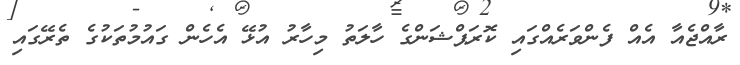
ރާއްޖެއާ އެއް ފެންވަރެއްގައި ކޮރަޕްޝަންގެ ހާލަތު މިހާރު އުޅޭ އެހެން ގައުމުތަކުގެ ތެރޭގައި